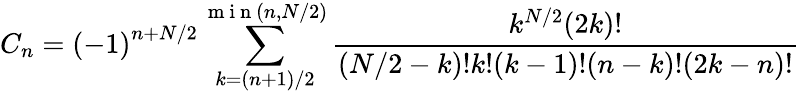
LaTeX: C_{n}=\left(-1\right)^{n+N/2}\sum_{k=\left(n+1\right)/2}^{\mathrm{~m~i~n~}\left(n,N/2\right)}\frac{k^{N/2}(2k)!}{(N/2-k)!k!(k-1)!(n-k)!(2k-n)!}